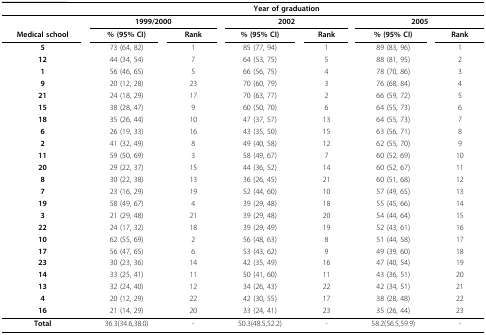
<table><thead><tr><td></td><td colspan="6"><b>Year of graduation</b></td></tr></thead><tbody><tr><td></td><td colspan="2"><b>1999/2000</b></td><td colspan="2"><b>2002</b></td><td colspan="2"><b>2005</b></td></tr><tr><td><b>Medical school</b></td><td><b>% (95% CI)</b></td><td><b>Rank</b></td><td><b>% (95% CI)</b></td><td><b>Rank</b></td><td><b>% (95% CI)</b></td><td><b>Rank</b></td></tr><tr><td><b>5</b></td><td>73 (64, 82)</td><td>1</td><td>85 (77, 94)</td><td>1</td><td>89 (83, 96)</td><td>1</td></tr><tr><td><b>12</b></td><td>44 (34, 54)</td><td>7</td><td>64 (53, 75)</td><td>5</td><td>88 (81, 95)</td><td>2</td></tr><tr><td><b>1</b></td><td>56 (46, 65)</td><td>5</td><td>66 (56, 75)</td><td>4</td><td>78 (70, 86)</td><td>3</td></tr><tr><td><b>9</b></td><td>20 (12, 28)</td><td>23</td><td>70 (60, 79)</td><td>3</td><td>76 (68, 84)</td><td>4</td></tr><tr><td><b>21</b></td><td>24 (18, 29)</td><td>17</td><td>70 (63, 77)</td><td>2</td><td>66 (59, 72)</td><td>5</td></tr><tr><td><b>15</b></td><td>38 (28, 47)</td><td>9</td><td>60 (50, 70)</td><td>6</td><td>64 (55, 73)</td><td>6</td></tr><tr><td><b>18</b></td><td>35 (26, 44)</td><td>10</td><td>47 (37, 57)</td><td>13</td><td>64 (55, 73)</td><td>7</td></tr><tr><td><b>6</b></td><td>26 (19, 33)</td><td>16</td><td>43 (35, 50)</td><td>15</td><td>63 (56, 71)</td><td>8</td></tr><tr><td><b>2</b></td><td>41 (32, 49)</td><td>8</td><td>49 (40, 58)</td><td>12</td><td>62 (55, 70)</td><td>9</td></tr><tr><td><b>11</b></td><td>59 (50, 69)</td><td>3</td><td>58 (49, 67)</td><td>7</td><td>60 (52, 69)</td><td>10</td></tr><tr><td><b>20</b></td><td>29 (22, 37)</td><td>15</td><td>44 (36, 52)</td><td>14</td><td>60 (52, 67)</td><td>11</td></tr><tr><td><b>8</b></td><td>30 (22, 38)</td><td>13</td><td>36 (26, 45)</td><td>21</td><td>60 (51, 68)</td><td>12</td></tr><tr><td><b>7</b></td><td>23 (16, 29)</td><td>19</td><td>52 (44, 60)</td><td>10</td><td>57 (49, 65)</td><td>13</td></tr><tr><td><b>19</b></td><td>58 (49, 67)</td><td>4</td><td>39 (29, 48)</td><td>18</td><td>55 (45, 66)</td><td>14</td></tr><tr><td><b>3</b></td><td>21 (29, 48)</td><td>21</td><td>39 (29, 48)</td><td>20</td><td>54 (44, 64)</td><td>15</td></tr><tr><td><b>22</b></td><td>24 (17, 32)</td><td>18</td><td>39 (29, 49)</td><td>19</td><td>52 (43, 61)</td><td>16</td></tr><tr><td><b>10</b></td><td>62 (55, 69)</td><td>2</td><td>56 (48, 63)</td><td>8</td><td>51 (44, 58)</td><td>17</td></tr><tr><td><b>17</b></td><td>56 (47, 65)</td><td>6</td><td>53 (43, 62)</td><td>9</td><td>49 (39, 60)</td><td>18</td></tr><tr><td><b>23</b></td><td>30 (23, 36)</td><td>14</td><td>42 (35, 49)</td><td>16</td><td>47 (40, 54)</td><td>19</td></tr><tr><td><b>14</b></td><td>33 (25, 41)</td><td>11</td><td>50 (41, 60)</td><td>11</td><td>43 (36, 51)</td><td>20</td></tr><tr><td><b>13</b></td><td>32 (24, 40)</td><td>12</td><td>34 (26, 43)</td><td>22</td><td>42 (34, 51)</td><td>21</td></tr><tr><td><b>4</b></td><td>20 (12, 29)</td><td>22</td><td>42 (30, 55)</td><td>17</td><td>38 (28, 48)</td><td>22</td></tr><tr><td><b>16</b></td><td>21 (14, 29)</td><td>20</td><td>33 (24, 41)</td><td>23</td><td>35 (26, 44)</td><td>23</td></tr><tr><td><b>Total</b></td><td>36.3(34.6,38.0)</td><td>-</td><td>50.3(48.5,52.2)</td><td>-</td><td>58.2(56.5,59.9)</td><td>-</td></tr></tbody></table>